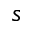
\mathfrak { s }